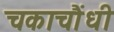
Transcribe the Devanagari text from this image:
चकाचौंधी